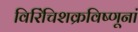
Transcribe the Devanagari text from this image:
विरिंचिशक्रविष्णूनां